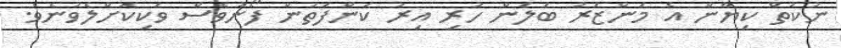
ނުކުތް ކިޔާން އެ މަންޒަރު ބަލަން ހުރި އިރު ކަންފަތުން ފޯނުވެސް ވަކިކޮށްލެވުނެވެ.